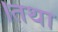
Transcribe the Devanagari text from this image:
।तथा